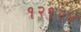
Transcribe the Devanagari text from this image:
१२१२४